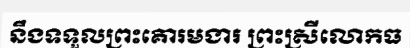
នឹងទទួលព្រះគោរមងារ ព្រះស្រីលោកធ